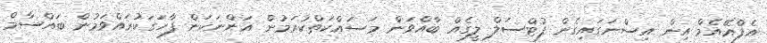
އެފްއޭއެމް އިން އިސްނަގައިގެން ފުޓްސަލް ލީގެއް ބާއްވަން މަސައްކަތްކުރަމުން އަންނަކަން ފާހަގަކުރައްވަމުން ބައްސާމް